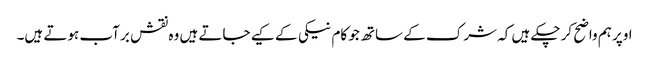
اوپر ہم واضح کر چکے ہیں کہ شرک کے ساتھ جو کام نیکی کے کیے جاتے ہیں وہ نقش بر آب ہوتے ہیں۔